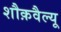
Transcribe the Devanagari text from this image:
शौक़वैल्यू